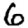
Digit: 6